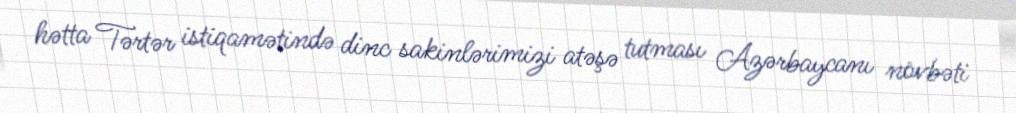
hətta Tərtər istiqamətində dinc sakinlərimizi atəşə tutması Azərbaycanı növbəti